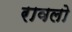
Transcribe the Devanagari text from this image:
रावलो